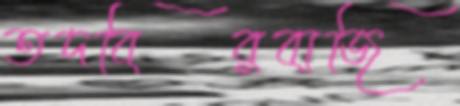
তদবিরবাজি